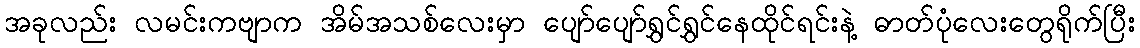
အခုလည်း လမင်းကဗျာက အိမ်အသစ်လေးမှာ ပျော်ပျော်ရွှင်ရွှင်နေထိုင်ရင်းနဲ့ ဓာတ်ပုံလေးတွေရိုက်ပြီး